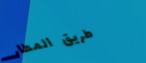
طريق المطار